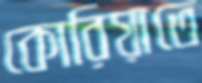
কোরিয়াতে